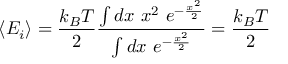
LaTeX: \langle E _ { i } \rangle = { \frac { k _ { B } T } { 2 } } { \frac { \int d x \, \, x ^ { 2 } \, \, e ^ { - { \frac { x ^ { 2 } } { 2 } } } } { \int d x \, \, e ^ { - { \frac { x ^ { 2 } } { 2 } } } } } = { \frac { k _ { B } T } { 2 } }